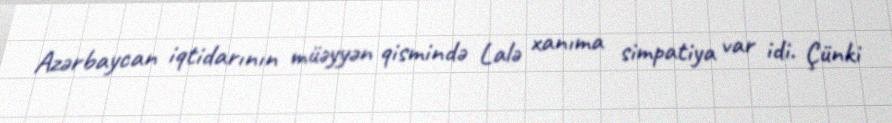
Azərbaycan iqtidarının müəyyən qismində Lalə xanıma simpatiya var idi. Çünki